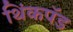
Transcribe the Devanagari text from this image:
थिंकपॅड